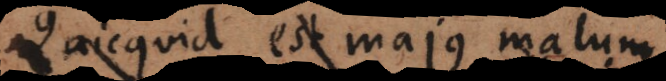
Quicquid est majus malum